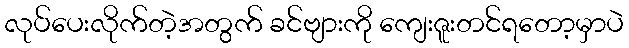
လုပ်ပေးလိုက်တဲ့အတွက် ခင်ဗျားကို ကျေးဇူးတင်ရတော့မှာပဲ